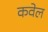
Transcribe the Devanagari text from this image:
कवेल